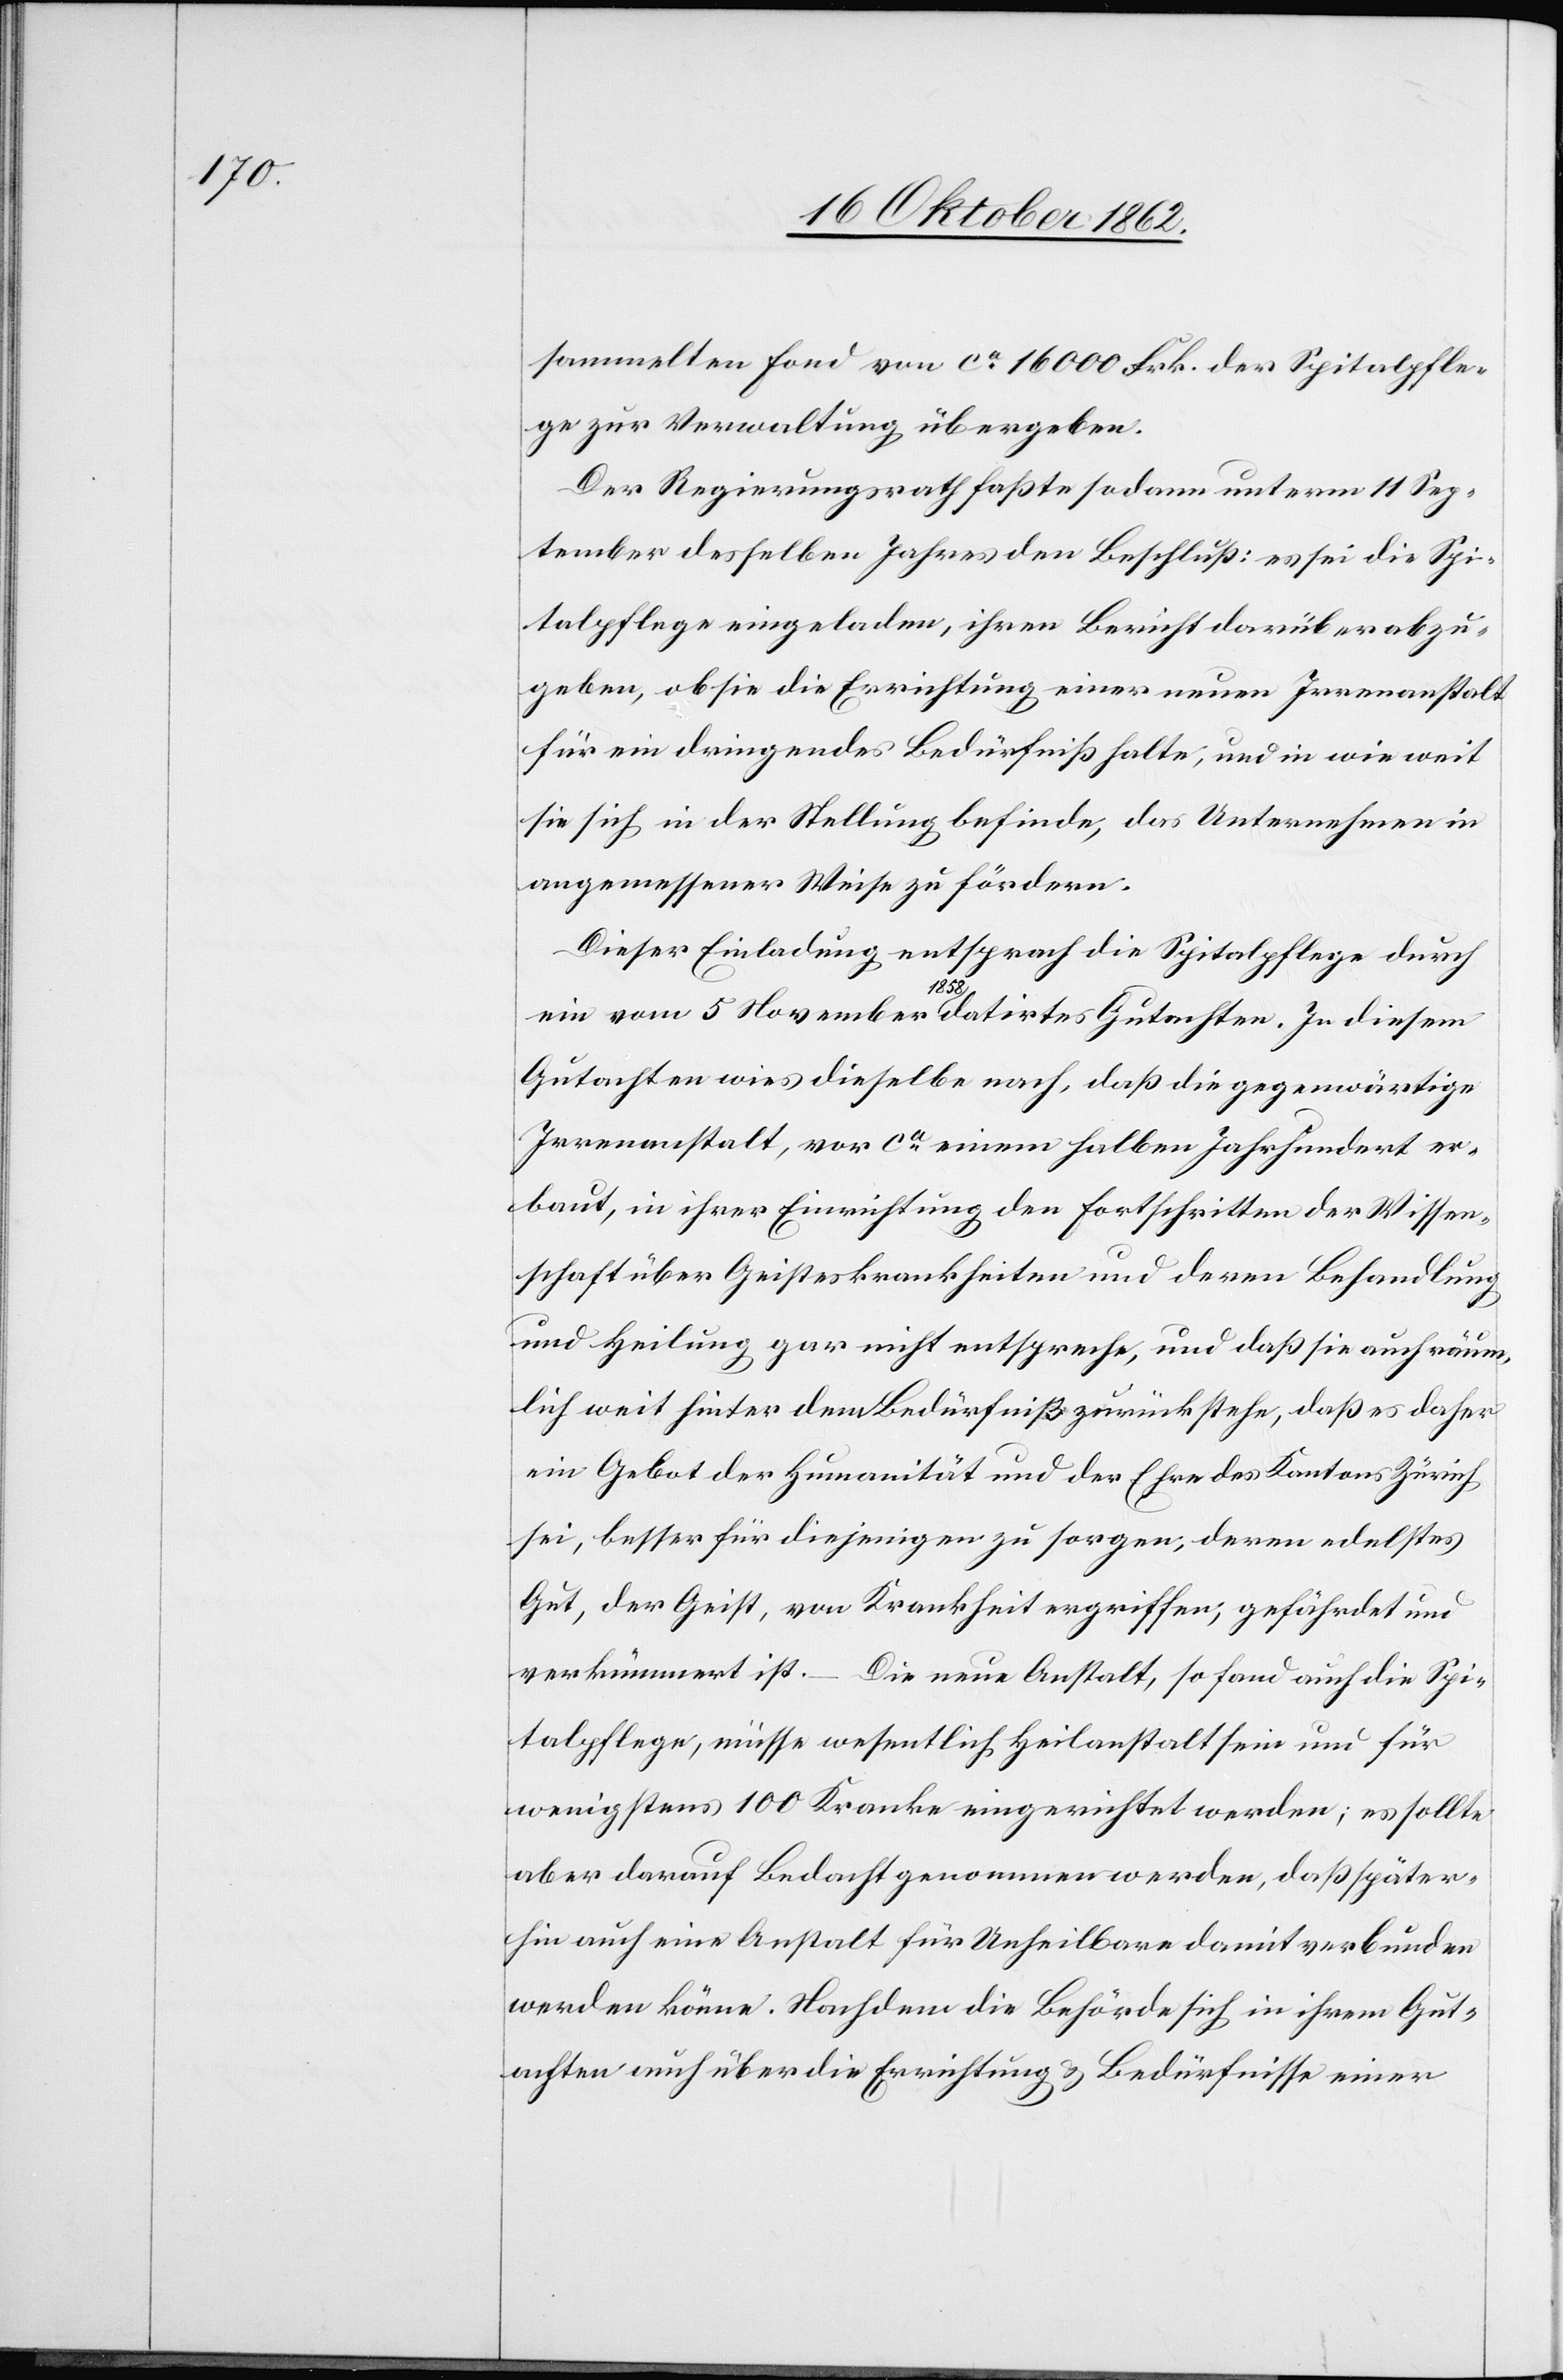
sammelten Fond von ca. 16 000 Frk. der Spitalpfle¬
ge zur Verwaltung übergeben.
Der Regierungsrath faßte sodann unterm 11. Sep¬
tember desselben Jahrs den Beschluß: es sei die Spi¬
talpflege eingeladen, ihren Bericht darüber abzu¬
geben, ob sie die Errichtung einer neuen Irrenanstalt
für ein dringendes Bedürfniß halte, und in wie weit
sie sich in der Stellung befinde, das Unternehmen in
angemessener Weise zu fördern.
Dieser Einladung entsprach die Spitalpflege durch
ein vom 5. November 1858 datirtes Gutachten. In diesem
Gutachten wies dieselbe nach, daß die gegenwärtige
Irrenanstalt, vor ca einem halben Jahrhundert er¬
baut, in ihrer Einrichtung den Fortschritten der Wissen¬
schaft über Geisteskrankheiten und deren Behandlung
und Heilung gar nicht entspreche, und daß sie auch räum¬
lich weit hinter dem Bedürfniß zurückstehe, daß es daher
ein Gebot der Humanität und der Ehre des Kantons Zürich
sei, besser für diejenigen zu sorgen, deren edelstes
Gut, der Geist, von Krankheit ergriffen, gefährdet und
verkümmert ist.
Die neue Anstalt, so fand auch die Spi¬
talpflege, müsse wesentlich Heilanstalt sein und für
wenigstens 100 Kranke eingerichtet werden; es sollte
aber darauf Bedacht genommen werden, daß später¬
hin auch eine Anstalt für Unheilbare damit verbunden
werden könne. Nachdem die Behörde sich in ihrem Gut¬
achten auch über die Errichtung u. Bedürfnisse einer